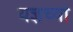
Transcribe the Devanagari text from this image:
यज्ञच्या